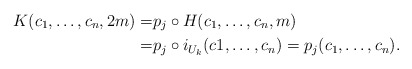
\begin{align*}K(c_1,\dots,c_n,2m)= &p_j \circ H (c_1,\dots,c_n,m) \\= &p_j \circ i_{U_k}(c1,\dots,c_n)=p_j(c_1,\dots,c_n).\end{align*}